Annual administration report of the Civil Veterinary Department of India - 1893-1894
Year: 1893
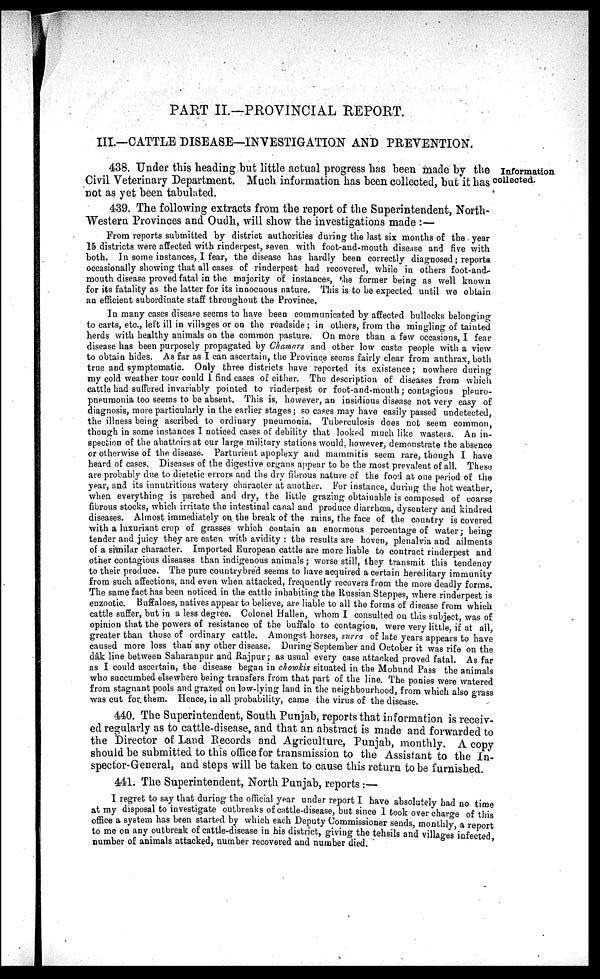
PART II.—PROVINCIAL REPORT.
III.—CATTLE DISEASE—INVESTIGATION AND PREVENTION.
Information
collected.
438. Under this heading but little actual progress has been made by the
Civil Veterinary Department. Much information has been collected, but it has
not as yet been tabulated.
439. The following extracts from the report of the Superintendent, North-
Western Provinces and Oudh, will show the investigations made :—
From reports submitted by district authorities during the last six months of the year
15 districts were affected with rinderpest, seven with foot-and-mouth disease and five with
both. In some instances, I fear, the disease has hardly been correctly diagnosed; reports
occasionally showing that all cases of rinderpest had recovered, while in others foot-and-
mouth disease proved fatal in the majority of instances, the former being as well known
for its fatality as the latter for its innocuous nature. This is to be expected until we obtain
an efficient subordinate staff throughout the Province.
In many cases disease seems to have been communicated by affected bullocks belonging
to carts, etc., left ill in villages or on the roadside ; in others, from the mingling of tainted
herds with healthy animals on the common pasture. On more than a few occasions I fear
disease has been purposely propagated by Chamars and other low caste people with a view
to obtain hides. As far as I can ascertain, the Province seems fairly clear from anthrax, both
true and symptomatic. Only three districts have reported its existence; nowhere during
my cold weather tour could I find cases of either. The description of diseases from which
cattle had suffered invariably pointed to rinderpest or foot-and-mouth; contagious pleuro-
pneumonia too seems to be absent. This is, however, an insidious disease not very easy of
diagnosis, more particularly in the earlier stages; so cases may have easily passed undetected
the illness being ascribed to ordinary pneumonia. Tuberculosis does not seem common
though in some instances I noticed cases of debility that looked much like wasters. An in-
spection of the abattoirs at our large military stations would, however, demonstrate the absence
or otherwise of the disease. Parturient apoplexy and mammitis seem rare, though I have
heard of cases. Diseases of the digestive organs appear to be the most prevalent of all. These
are probably due to dietetic errors and the dry fibrous nature of the food at one period of the
year, and its innutritious watery character at another. For instance, during the hot weather,
when everything is parched and dry, the little grazing obtainable is composed of coarse
fibrous stocks, which irritate the intestinal canal and produce diarrhœa, dysentery and kindred
diseases. Almost immediately on the break of the rains, the face of the country is covered
with a luxuriant crop of grasses which contain an enormous percentage of water ; being
tender and juicy they are eaten with avidity : the results are hoven, plenalvia and ailments
of a similar character. Imported European cattle are more liable to contract rinderpest and
other contagious diseases than indigenous animals; worse still, they transmit this tendency
to their produce. The pure countrybred seems to have acquired a certain hereditary immunity
from such affections, and even when attacked, frequently recovers from the more deadly forms.
The same fact has been noticed in the cattle inhabiting the Russian Steppes, where rinderpest is
enzootic. Buffaloes, natives appear to believe, are liable to all the forms of disease from which
cattle suffer, but in a less degree. Colonel Hallen, whom I consulted on this subject, was of
opinion that the powers of resistance of the buffalo to contagion, were very little if at all
greater than those of ordinary cattle. Amongst horses, surra of late years appears to have
caused more loss than any other disease. During September and October it was rife on the
dâk line between Saharanpur and Rajpur; as usual every case attacked proved fatal. As far
as I could ascertain, the disease began in chowkis situated in the Mohund Pass the animals
who succumbed elsewhere being transfers from that part of the line. The ponies were watered
from stagnant pools and grazed on low-lying land in the neighbourhood, from which also grass
was cut for them. Hence, in all probability, came the virus of the disease.
440. The Superintendent, South Punjab, reports that information is receiv-
ed regularly as to cattle-disease, and that an abstract is made and forwarded to
the Director of Land Records and Agriculture, Punjab, monthly. A copy
should be submitted to this office for transmission to the Assistant to the In-
spector-General, and steps will be taken to cause this return to be furnished.
441. The Superintendent, North Punjab, reports :—
I regret to say that during the official year under report I have absolutely had no time
at my disposal to investigate outbreaks of cattle-disease, but since I took over charge of this
office a system has been started by which each Deputy Commissioner sends, monthly a report
to me on any outbreak of cattle-disease in his district, giving the tehsils and villages infected
number of animals attacked, number recovered and number died.